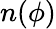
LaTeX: n(\phi)